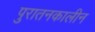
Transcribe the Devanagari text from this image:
पुरातनकालीन